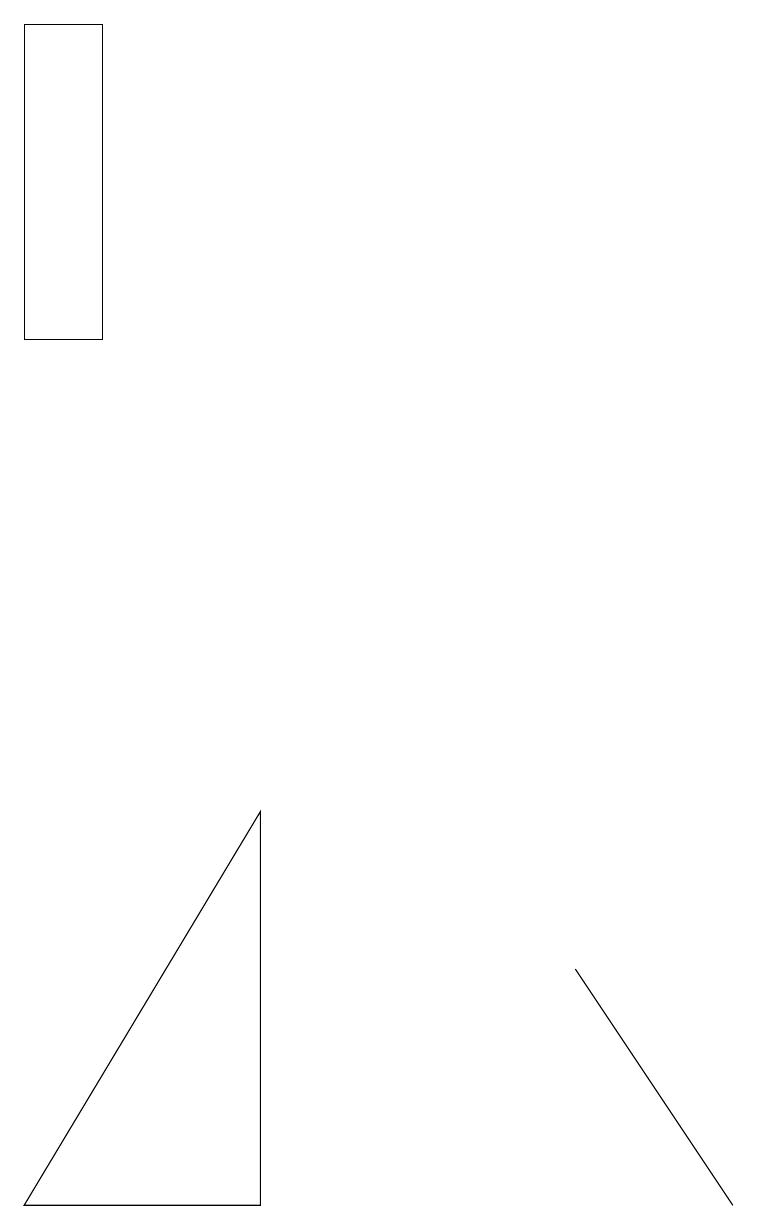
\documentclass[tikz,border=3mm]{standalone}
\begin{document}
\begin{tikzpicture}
\draw (3,4) -- (3,9) -- (0,4) -- cycle;
\draw (9,4) -- (7,7) -- (9,4) -- cycle;
\draw (1,15) rectangle (0,19);
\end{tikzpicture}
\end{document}